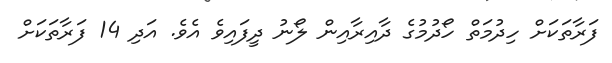
ފަރާތަކަށް ހިދުމަތް ހޯދުމުގެ ދާއިރާއިން ލޯނު ދީފައިވެ އެވެ. އަދި 14 ފަރާތަކަށް